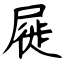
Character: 屣